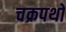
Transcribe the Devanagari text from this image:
चक्रपथों